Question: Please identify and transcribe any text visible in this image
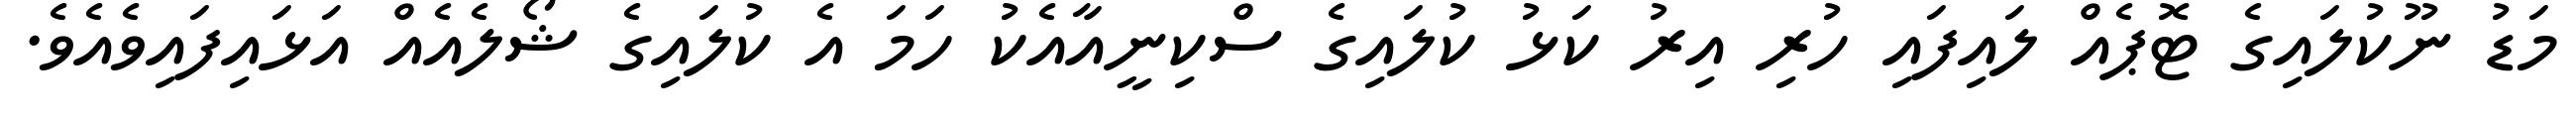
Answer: މަޑު ނޫކުލައިގެ ޓޮޕެއް ލައިފައި ހުރި އިރު ކަޅު ކުލައިގެ ސްކިނީއާއެކު ހަމަ އެ ކުލައިގެ ޝޯލެއެއް އަޅައިފައިވެއެވެ.